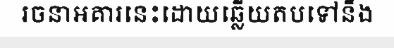
រចនាអគារនេះដោយឆ្លើយតបទៅនឹង